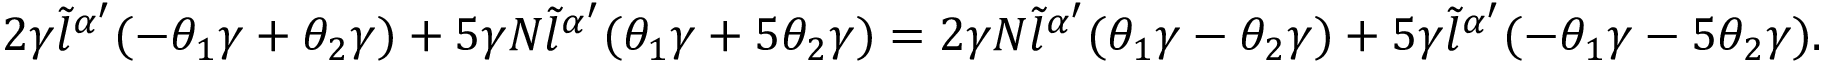
\begin{array} { r } { 2 \gamma \tilde { l } ^ { \alpha { ' } } ( - \theta _ { 1 } \gamma + \theta _ { 2 } \gamma ) + 5 \gamma N \tilde { l } ^ { \alpha { ' } } ( \theta _ { 1 } \gamma + 5 \theta _ { 2 } \gamma ) = 2 \gamma N \tilde { l } ^ { \alpha { ' } } ( \theta _ { 1 } \gamma - \theta _ { 2 } \gamma ) + 5 \gamma \tilde { l } ^ { \alpha { ' } } ( - \theta _ { 1 } \gamma - 5 \theta _ { 2 } \gamma ) . } \end{array}